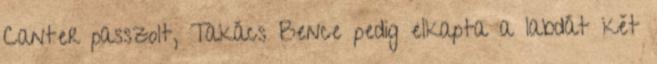
Canter passzolt, Takács Bence pedig elkapta a labdát két